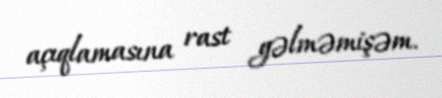
açıqlamasına rast gəlməmişəm.